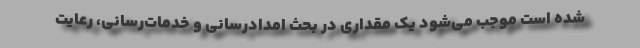
شده است موجب می‌شود یک مقداری در بحث امدادرسانی و خدمات‌رسانی، رعایت